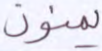
يمنون